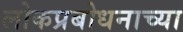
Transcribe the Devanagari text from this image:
लोकप्रबोधनाच्या